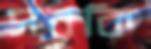
সরকি